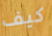
كيف